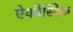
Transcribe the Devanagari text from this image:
ऐकौस्टिक